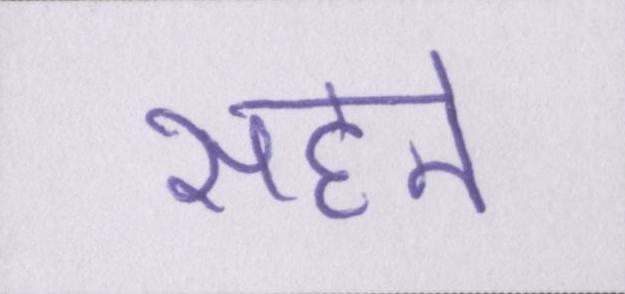
सहने